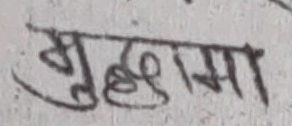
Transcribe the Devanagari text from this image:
मुटुलामा